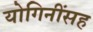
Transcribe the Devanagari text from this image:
योगिनींसह